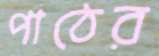
পাঠের